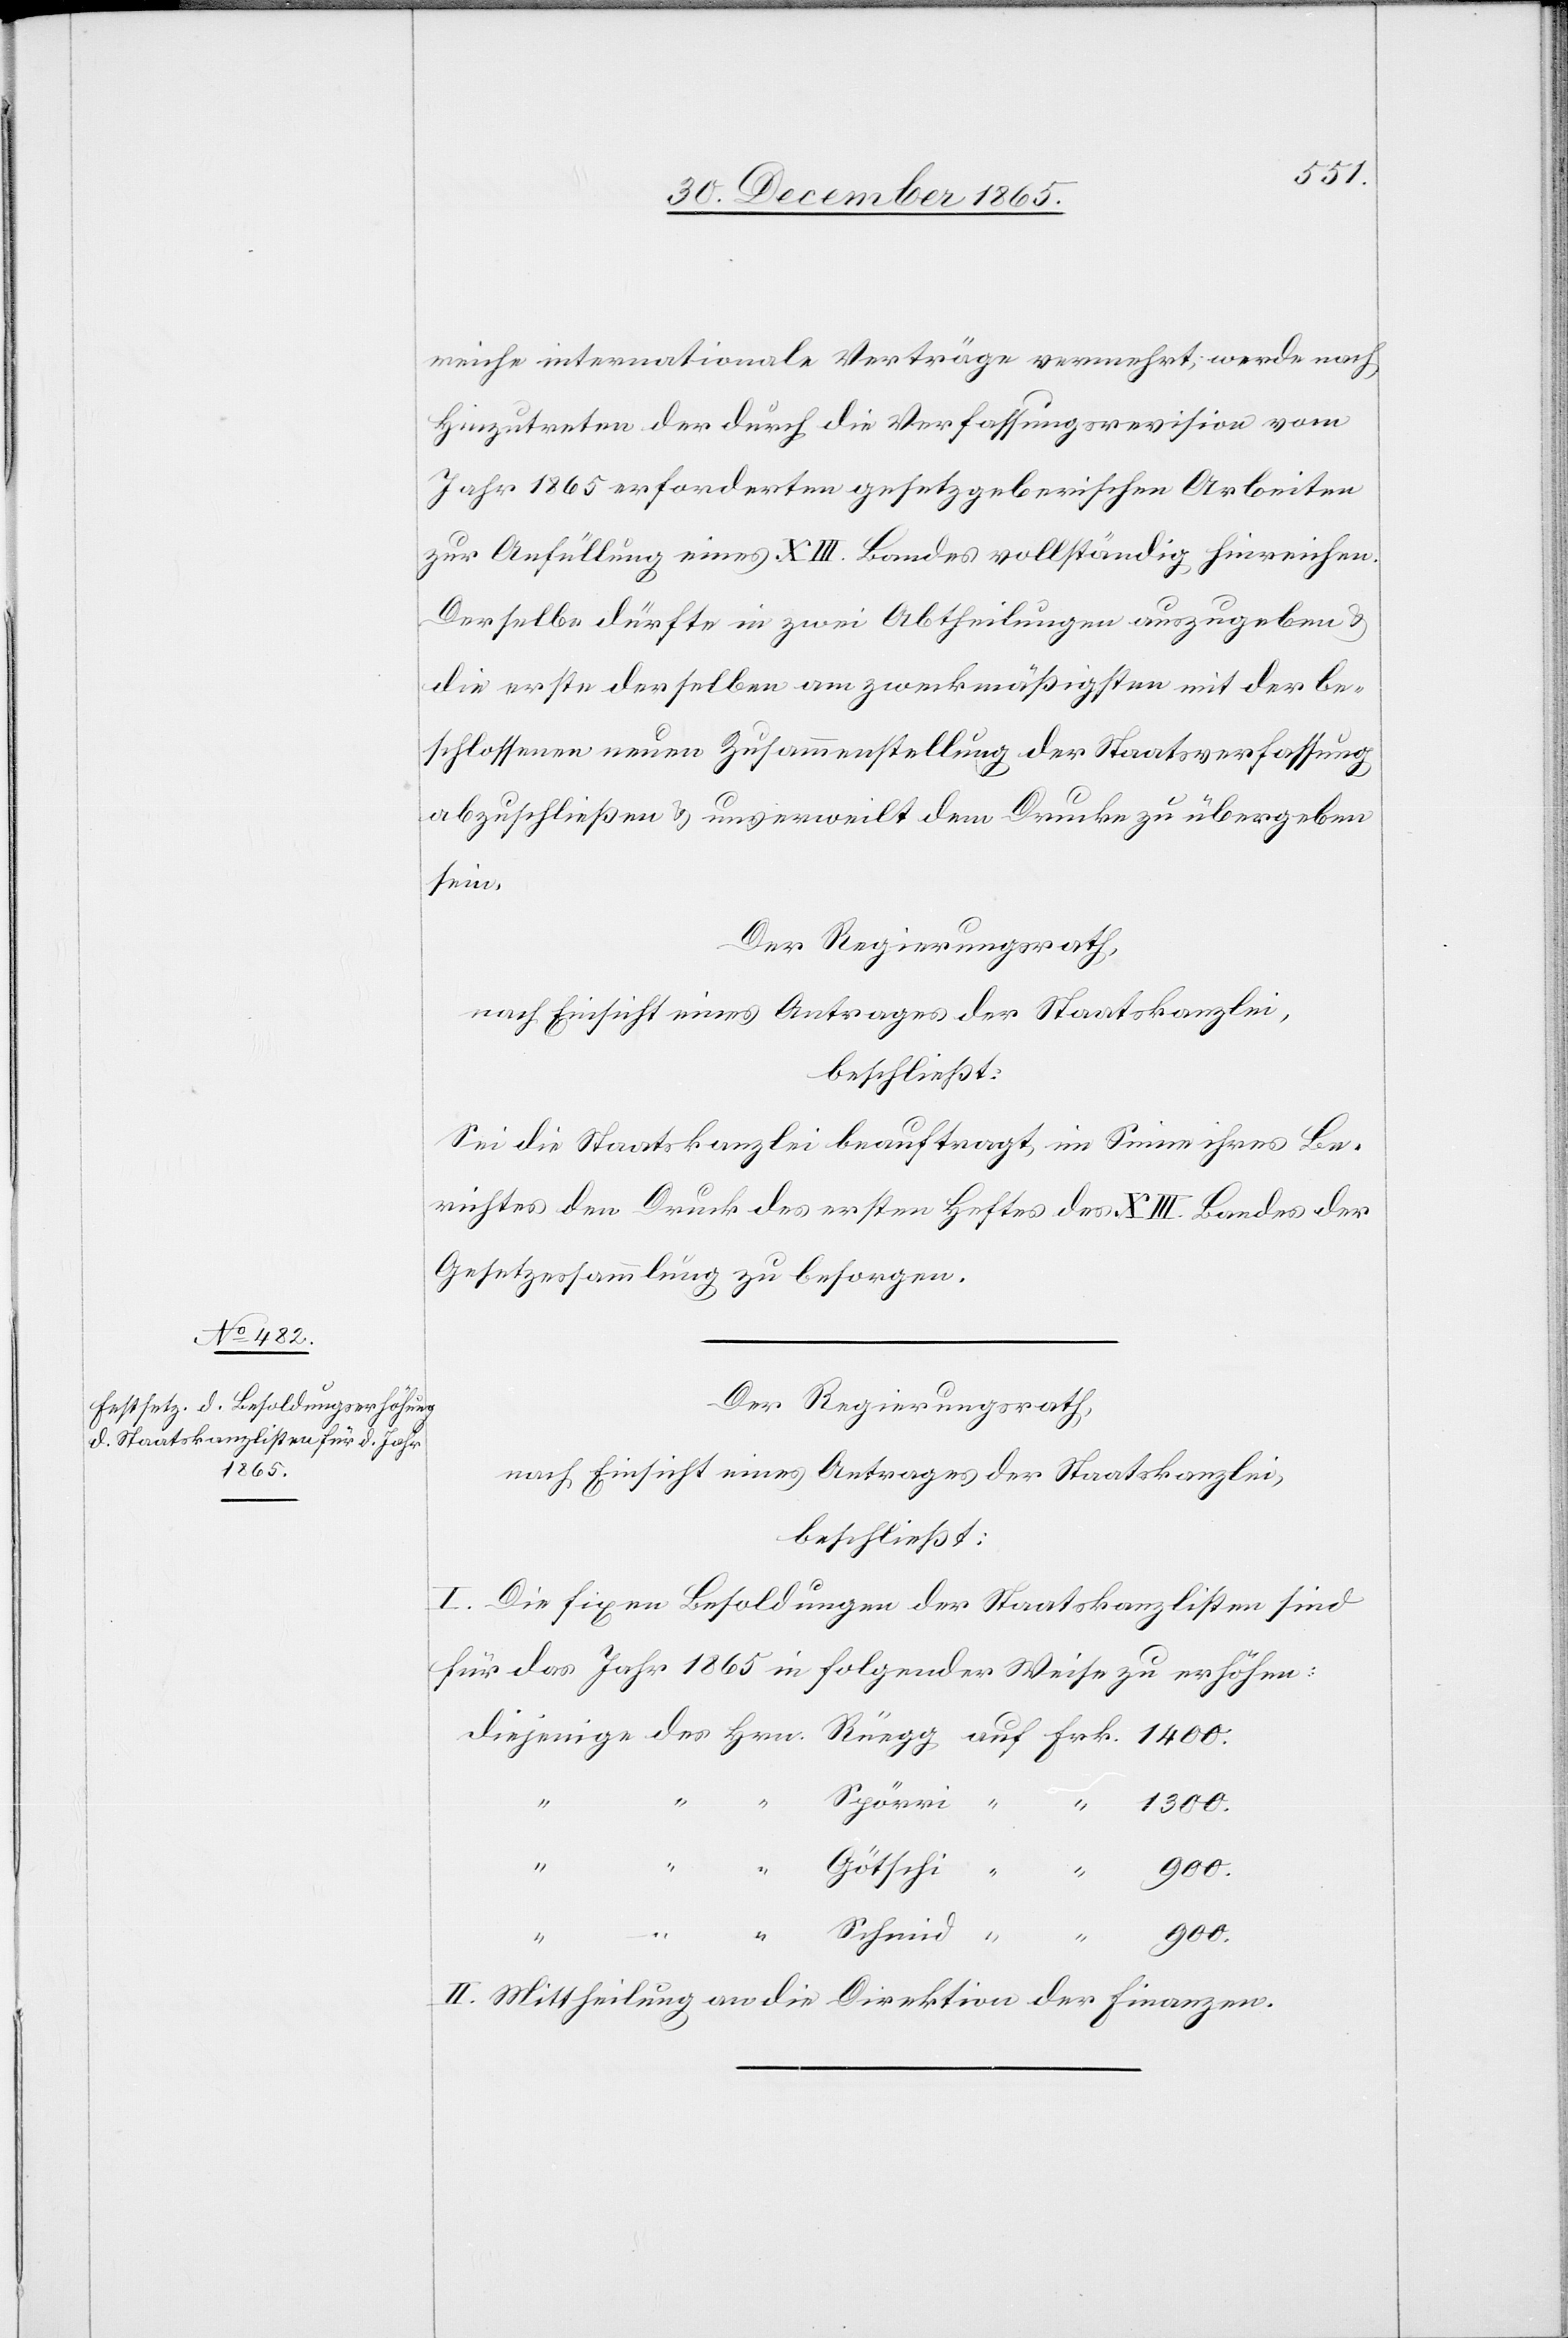
reiche internationale Verträge vermehrt, werde nach
Hinzutreten der durch die Verfassungsrevision vom
Jahr 1865 erforderten gesetzgeberischen Arbeiten
zur Anfüllung eines XIII. Bandes vollständig hinreichen.
Derselbe dürfte in zwei Abtheilungen auszugeben &
die erste derselben am zweckmäßigsten mit der be¬
schlossenen neuen Zusammenstellung der Staatsverfassung
abzuschließen & unverweilt dem Drucke zu übergeben
sein.
Der Regierungsrath,
nach Einsicht eines Antrages der Staatskanzlei,
beschließt:
Sei die Staatskanzlei beauftragt, im Sinne ihres Be¬
richtes den Druck des ersten Heftes des XIII. Bandes der
Gesetzessammlung zu besorgen.
Der Regierungsrath,
nach Einsicht eines Antrages der Staatskanzlei,
beschließt:
I. Die fixen Besoldungen der Staatskanzlisten sind
für das Jahr 1865 in folgender Weise zu erhöhen:
Spörri
Schmid
900.
Götschi
II. Mittheilung an die Direktion der Finanzen.